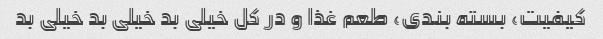
کیفیت، بسته بندی، طعم غذا و در کل خیلی بد خیلی بد خیلی بد